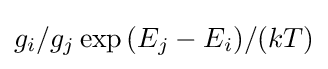
g_{i}/g_{j}\exp {(E_{j}-E_{i})/(kT)}